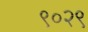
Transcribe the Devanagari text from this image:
९०२९